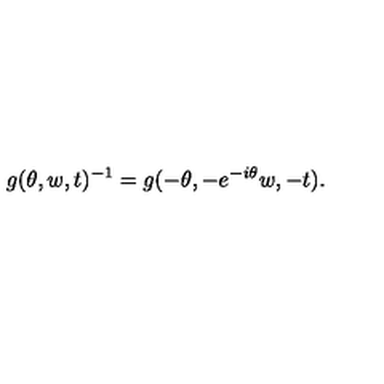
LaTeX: g ( \theta , w , t ) ^ { - 1 } = g ( - \theta , - e ^ { - i \theta } w , - t ) .